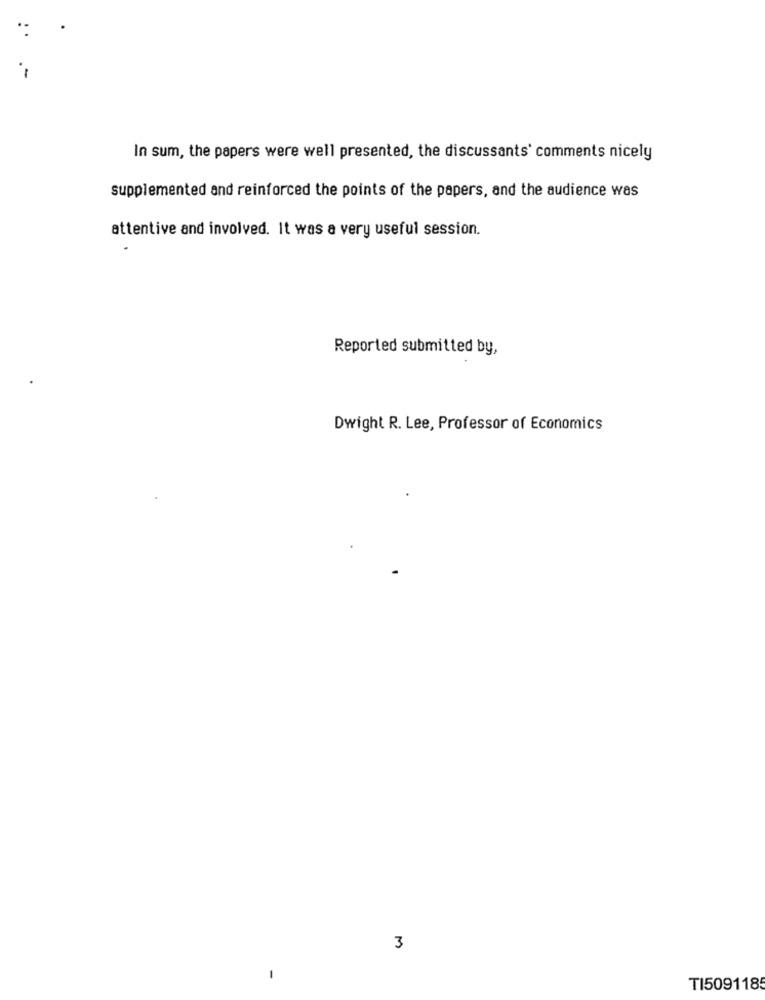
-
In sum, the papers were well presented, the discussants' comments nicely
supplemented and reinforced the points of the papers, and the audience was
attentive and involved. It was a very useful session.
Reported submitted by,
Dwight R. Lee, Professor of Economics
3
TI5091185